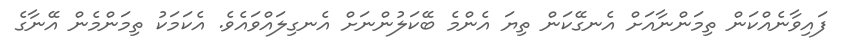
ފައިވާނެއްކަން ތިމަންނާއަށް އެނގޭކަން ތިޔަ އެންމެ ބޭކަލުންނަށް އެނގިލައްވައެވެ. އެކަމަކު ތިމަންމެން އޭނާގެ